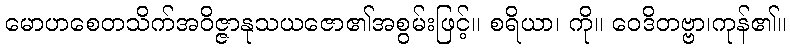
မောဟစေတသိက်အဝိဇ္ဇာနုသယဇော၏အစွမ်းဖြင့်။ စရိယာ၊ ကို။ ဝေဒိတဗ္ဗာ၊ကုန်၏။